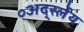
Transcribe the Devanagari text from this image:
०अर्द्स्लेय